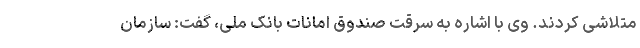
متلاشی کردند. وی با اشاره به سرقت صندوق امانات بانک ملی، گفت: سازمان